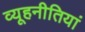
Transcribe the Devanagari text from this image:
व्यूहनीतियां